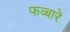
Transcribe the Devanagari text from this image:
फव्‍बारे